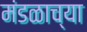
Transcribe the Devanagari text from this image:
मंडळाच्‍या